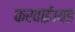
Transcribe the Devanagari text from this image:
करवाई।यह